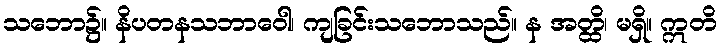
သဘော၌။ နိပတနသဘာဝေါ၊ ကျခြင်းသဘောသည်။ န အတ္ထိ၊ မရှိ။ ဣတိ